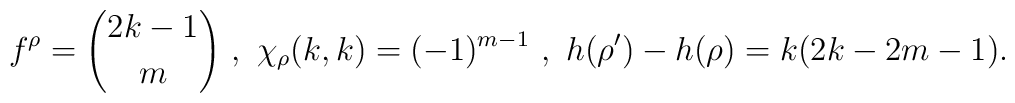
f^\rho = {2k-1 \choose m} \ , \ \chi_\rho(k,k) = (-1)^{m-1} \ , \ h(\rho')-h(\rho) = k (2k-2m-1).